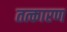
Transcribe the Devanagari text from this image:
तत्कारण